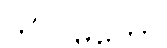
ကိလမတော